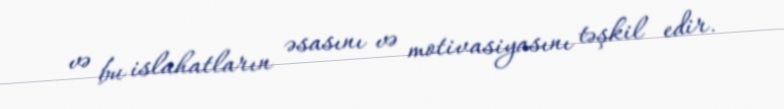
və bu islahatların əsasını və motivasiyasını təşkil edir.